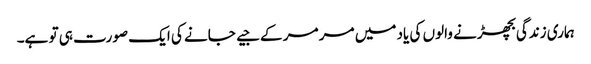
ہماری زندگی بچھڑنے والوں کی یاد میں مر مر کے جیے جانے کی ایک صورت ہی تو ہے۔